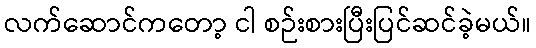
လက်ဆောင်ကတော့ ငါ စဉ်းစားပြီးပြင်ဆင်ခဲ့မယ်။